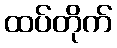
ထပ်တိုက်